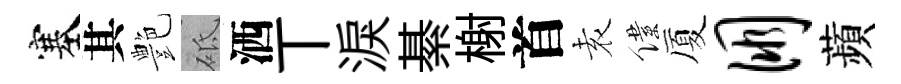
塞其艶砥洒丅淚綦榭首𡊮僕厦朋蘋